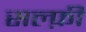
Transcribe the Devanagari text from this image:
सल्फ़ी